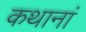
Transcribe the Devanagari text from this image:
कथानां